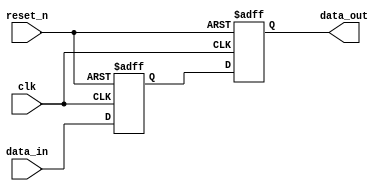
/**********************************************************************/
/*                                                                    */
/*             -------                                                */
/*            /   SOC  \                                              */
/*           /    GEN   \                                             */
/*          /     LIB    \                                            */
/*          ==============                                            */
/*          | cde_sync   |                                            */
/*          |____________|                                            */
/*                                                                    */
/*  Generic model for a metastable filter with async reset            */
/*                                                                    */
/*                                                                    */
/*  Author(s):                                                        */
/*      - John Eaton, jt_eaton@opencores.org                          */
/*                                                                    */
/**********************************************************************/
/*                                                                    */
/*    Copyright (C) <2010>  <Ouabache Design Works>                   */
/*                                                                    */
/*  This source file may be used and distributed without              */
/*  restriction provided that this copyright statement is not         */
/*  removed from the file and that any derivative work contains       */
/*  the original copyright notice and the associated disclaimer.      */
/*                                                                    */
/*  This source file is free software; you can redistribute it        */
/*  and/or modify it under the terms of the GNU Lesser General        */
/*  Public License as published by the Free Software Foundation;      */
/*  either version 2.1 of the License, or (at your option) any        */
/*  later version.                                                    */
/*                                                                    */
/*  This source is distributed in the hope that it will be            */
/*  useful, but WITHOUT ANY WARRANTY; without even the implied        */
/*  warranty of MERCHANTABILITY or FITNESS FOR A PARTICULAR           */
/*  PURPOSE.  See the GNU Lesser General Public License for more      */
/*  details.                                                          */
/*                                                                    */
/*  You should have received a copy of the GNU Lesser General         */
/*  Public License along with this source; if not, download it        */
/*  from http://www.opencores.org/lgpl.shtml                          */
/*                                                                    */
/**********************************************************************/



module cde_sync_with_reset 
#( parameter  WIDTH   = 1,
   parameter  DEPTH   = 2,
   parameter  RST_VAL = 1'b0
 )

(

input wire                clk,
input wire                reset_n,

input  wire [WIDTH - 1:0] data_in,
output wire [WIDTH - 1:0] data_out
  

);


reg [WIDTH - 1:0] sync_data [DEPTH:0]; 


always @(*)
  begin
    sync_data[0] = data_in;
  end
  


integer i;
always @(posedge clk or negedge reset_n) 
  if (~reset_n)
     for (i = 1 ; i <= DEPTH ; i = i + 1)        sync_data[i] <= RST_VAL;   
  else
     for (i = 1 ; i <= DEPTH ; i = i + 1)        sync_data[i] <= sync_data[i-1];    


   
assign data_out = sync_data[DEPTH];

endmodule